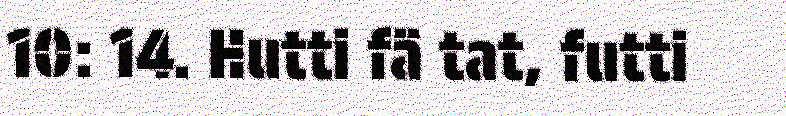
10: 14. Hutti fä tat, futti